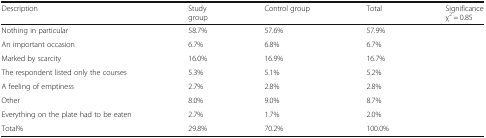
| Description | Studygroup | Control group | Total | Significanceχ2 = 0.85 |
 | --- | --- | --- | --- | --- |
 | Nothing in particular | 58.7% | 57.6% | 57.9% |  |
 | An important occasion | 6.7% | 6.8% | 6.7% |  |
 | Marked by scarcity | 16.0% | 16.9% | 16.7% |  |
 | The respondent listed only the courses | 5.3% | 5.1% | 5.2% |  |
 | A feeling of emptiness | 2.7% | 2.8% | 2.8% |  |
 | Other | 8.0% | 9.0% | 8.7% |  |
 | Everything on the plate had to be eaten | 2.7% | 1.7% | 2.0% |  |
 | Total% | 29.8% | 70.2% | 100.0% |  |